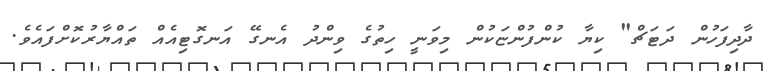
ދާދިފަހުން ދަޓަޗް" ކިޔާ ކުންފުންޏަކުން މިވަނީ ހިތުގެ ވިންދު އެނގޭ އަނގޮޓިއެއް ތައްޔާރުކޮށްފައެވެ.